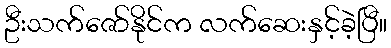
ဦးသက်ဇော်နိုင်က လက်ဆေးနှင့်ခဲ့ပြီ။